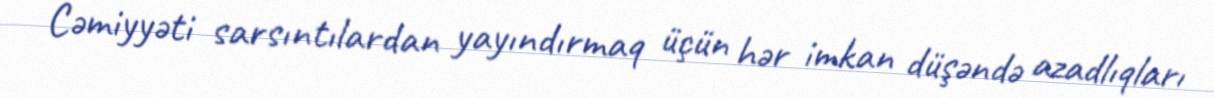
Cəmiyyəti sarsıntılardan yayındırmaq üçün hər imkan düşəndə azadlıqları